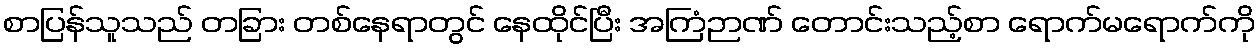
စာပြန်သူသည် တခြား တစ်နေရာတွင် နေထိုင်ပြီး အကြံဉာဏ် တောင်းသည့်စာ ရောက်မရောက်ကို